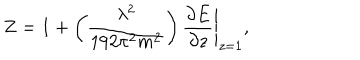
Z = 1 + \left( \frac { \lambda ^ { 2 } } { 1 9 2 \pi ^ { 2 } m ^ { 2 } } \right) \left. \frac { \partial E } { \partial z } \right| _ { z = 1 } ,